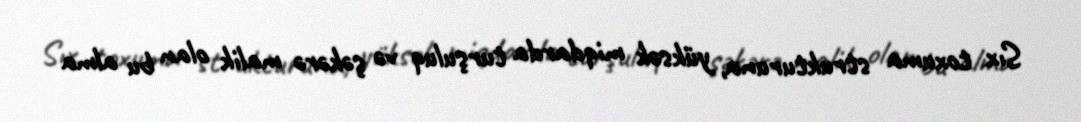
Sıx toxuma strukturuna, yüksək miqdarda turşuluq və şəkərə malik olan bu alma